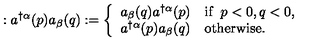
: a ^ { \dagger \alpha } ( p ) a _ { \beta } ( q ) : = \left\{ \begin{array} { l l } { a _ { \beta } ( q ) a ^ { \dagger \alpha } ( p ) } & { \mathrm { i f } \enspace p < 0 , q < 0 , } \\ { a ^ { \dagger \alpha } ( p ) a _ { \beta } ( q ) } & { \mathrm { o t h e r w i s e } . } \\ \end{array} \right.